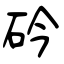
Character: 砛